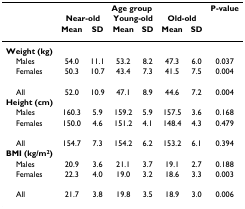
<table><thead><tr><td></td><td colspan="6"><b>Age group</b></td><td><b>P-value</b></td></tr><tr><td></td><td colspan="2"><b>Near-old</b></td><td colspan="2"><b>Young-old</b></td><td colspan="2"><b>Old-old</b></td><td></td></tr><tr><td></td><td><b>Mean</b></td><td><b>SD</b></td><td><b>Mean</b></td><td><b>SD</b></td><td><b>Mean</b></td><td><b>SD</b></td><td></td></tr></thead><tbody><tr><td><b>Weight (kg)</b></td><td></td><td></td><td></td><td></td><td></td><td></td><td></td></tr><tr><td> Males</td><td>54.0</td><td>11.1</td><td>53.2</td><td>8.2</td><td>47.3</td><td>6.0</td><td>0.037</td></tr><tr><td> Females</td><td>50.3</td><td>10.7</td><td>43.4</td><td>7.3</td><td>41.5</td><td>7.5</td><td>0.004</td></tr><tr><td> All</td><td>52.0</td><td>10.9</td><td>47.1</td><td>8.9</td><td>44.6</td><td>7.2</td><td>0.004</td></tr><tr><td><b>Height (cm)</b></td><td></td><td></td><td></td><td></td><td></td><td></td><td></td></tr><tr><td> Males</td><td>160.3</td><td>5.9</td><td>159.2</td><td>5.9</td><td>157.5</td><td>3.6</td><td>0.168</td></tr><tr><td> Females</td><td>150.0</td><td>4.6</td><td>151.2</td><td>4.1</td><td>148.4</td><td>4.3</td><td>0.479</td></tr><tr><td> All</td><td>154.7</td><td>7.3</td><td>154.2</td><td>6.2</td><td>153.2</td><td>6.1</td><td>0.394</td></tr><tr><td><b>BMI (kg/m<sup>2</sup>)</b></td><td></td><td></td><td></td><td></td><td></td><td></td><td></td></tr><tr><td> Males</td><td>20.9</td><td>3.6</td><td>21.1</td><td>3.7</td><td>19.1</td><td>2.7</td><td>0.188</td></tr><tr><td> Females</td><td>22.3</td><td>4.0</td><td>19.0</td><td>3.2</td><td>18.6</td><td>3.3</td><td>0.003</td></tr><tr><td> All</td><td>21.7</td><td>3.8</td><td>19.8</td><td>3.5</td><td>18.9</td><td>3.0</td><td>0.006</td></tr></tbody></table>